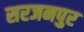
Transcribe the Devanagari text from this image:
सरजनपुर